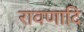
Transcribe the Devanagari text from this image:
रावणादि